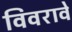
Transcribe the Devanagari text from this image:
विवरावे